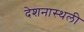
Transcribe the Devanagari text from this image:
देशनास्थली